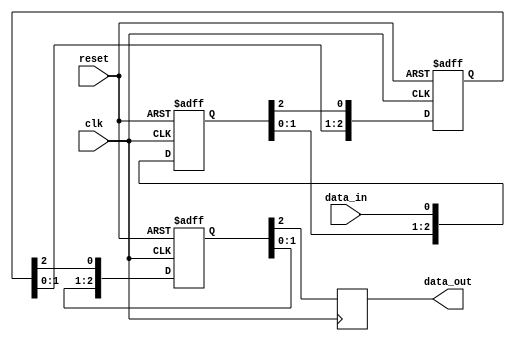
module cascade_synchronizer (
    input wire clk,
    input wire reset,
    input wire data_in,
    output reg data_out
);

reg [2:0] ff1, ff2, ff3;

// First flip-flop
always @(posedge clk or posedge reset) begin
    if (reset) begin
        ff1 <= 3'b0;
    end else begin
        ff1 <= {ff1[1:0], data_in};
    end
end

// Second flip-flop
always @(posedge clk or posedge reset) begin
    if (reset) begin
        ff2 <= 3'b0;
    end else begin
        ff2 <= {ff2[1:0], ff1[2]};
    end
end

// Third flip-flop
always @(posedge clk or posedge reset) begin
    if (reset) begin
        ff3 <= 3'b0;
    end else begin
        ff3 <= {ff3[1:0], ff2[2]};
    end
end

// Output data
always @(posedge clk) begin
    data_out <= ff3[2];
end

endmodule